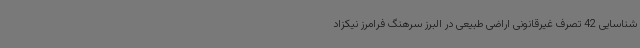
شناسایی 42 تصرف غیرقانونی اراضی طبیعی در البرز سرهنگ فرامرز نیکزاد